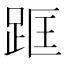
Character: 𨀕